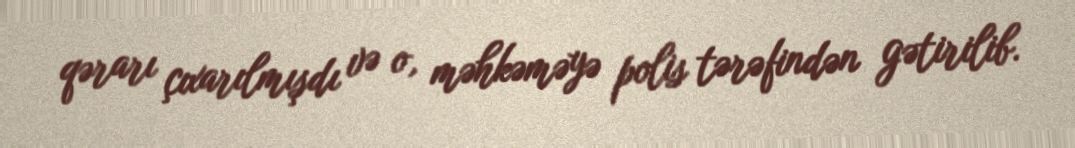
qərarı çıxarılmışdı və o, məhkəməyə polis tərəfindən gətirilib.